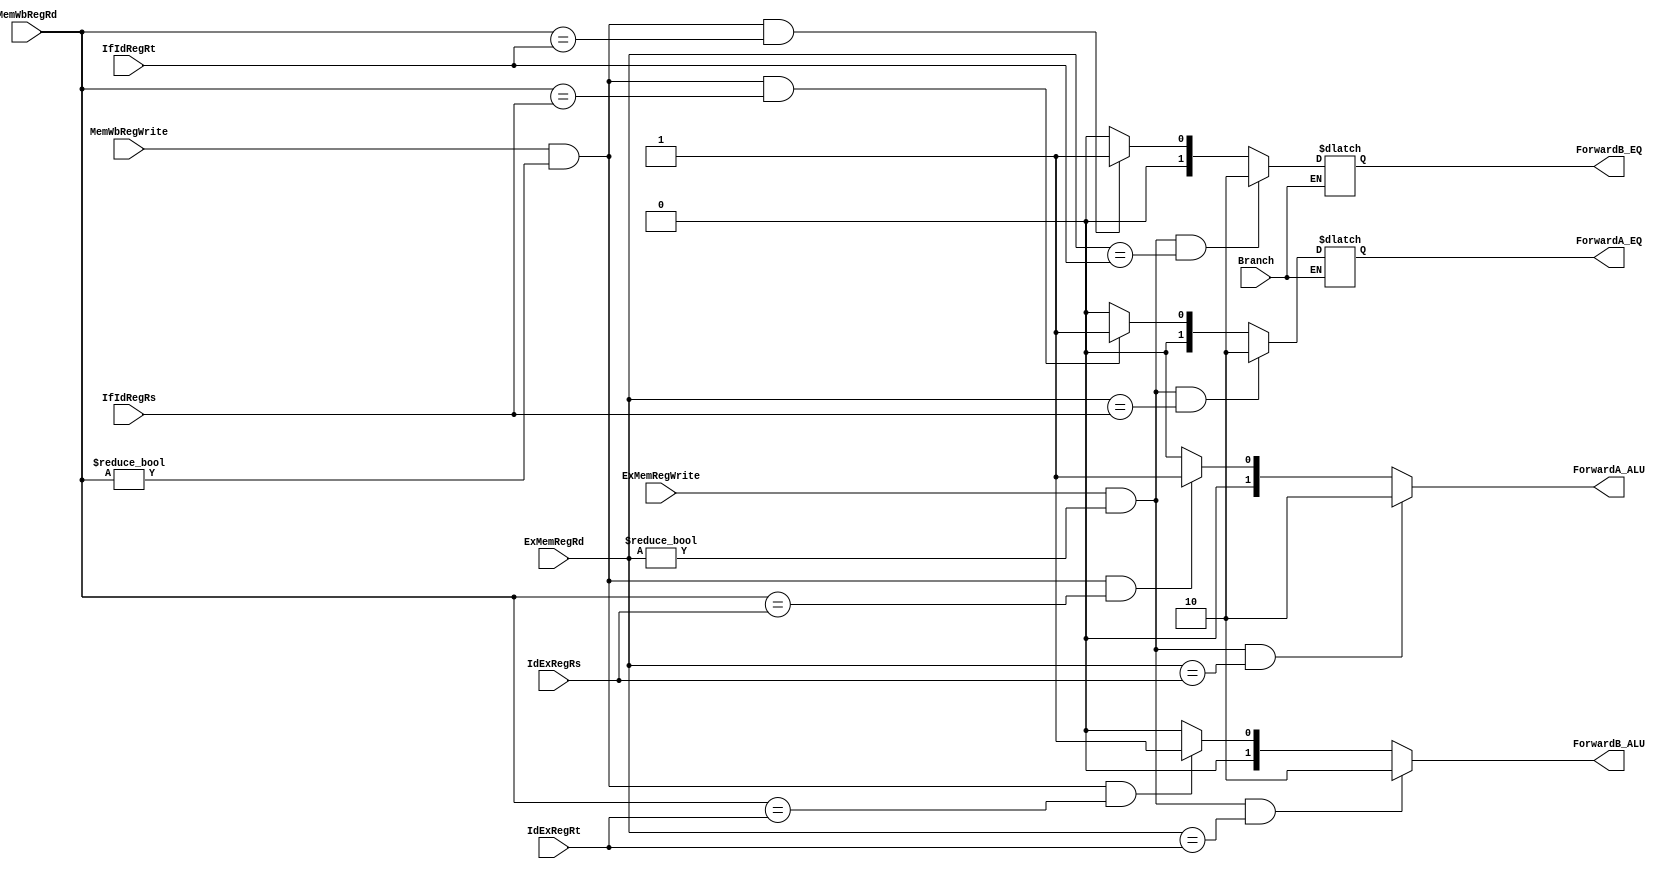
module Forwarding(
    IfIdRegRs,
    IfIdRegRt,
    Branch,
    IdExRegRs,
    IdExRegRt,
    ExMemRegWrite,
    ExMemRegRd,
    MemWbRegWrite,
    MemWbRegRd,
    ForwardA_ALU,	
    ForwardB_ALU, 
    ForwardA_EQ,
    ForwardB_EQ
);

input [4:0] IdExRegRs, IdExRegRt, ExMemRegRd, MemWbRegRd, IfIdRegRs, IfIdRegRt; 
input ExMemRegWrite,  MemWbRegWrite, Branch;
output [1:0] ForwardA_ALU, ForwardB_ALU, ForwardA_EQ, ForwardB_EQ;

reg [1:0] ForwardA_ALU, ForwardB_ALU, ForwardA_EQ, ForwardB_EQ;

initial begin
ForwardA_ALU = 2'b00;
ForwardB_ALU = 2'b00;
ForwardA_EQ = 2'b00;
ForwardB_EQ = 2'b00;
end

always @ (IdExRegRs or IdExRegRt or ExMemRegRd or MemWbRegRd or IfIdRegRs or IfIdRegRt or ExMemRegWrite or MemWbRegWrite) begin

if (ExMemRegWrite && (ExMemRegRd != 5'b0) && (ExMemRegRd == IdExRegRs)) 
    ForwardA_ALU <= 2'b10;
else if (MemWbRegWrite && (MemWbRegRd != 5'b0) && (MemWbRegRd == IdExRegRs))
    ForwardA_ALU <= 2'b01;
  else
    ForwardA_ALU <= 2'b00;
    
if (ExMemRegWrite && (ExMemRegRd != 5'b0) && (ExMemRegRd == IdExRegRt))
    ForwardB_ALU <= 2'b10;
else if (MemWbRegWrite && (MemWbRegRd != 5'b0) && (MemWbRegRd == IdExRegRt))
    ForwardB_ALU <= 2'b01;
  else
    ForwardB_ALU <= 2'b00;


if (Branch) begin
  if (ExMemRegWrite && (ExMemRegRd != 5'b0) && (ExMemRegRd == IfIdRegRs)) 
    ForwardA_EQ <= 2'b10;
  else if (MemWbRegWrite && (MemWbRegRd != 5'b0) && (MemWbRegRd == IfIdRegRs))
    ForwardA_EQ <= 2'b01;
  else
    ForwardA_EQ <= 2'b00;
    
  if (ExMemRegWrite && (ExMemRegRd != 5'b0) && (ExMemRegRd == IfIdRegRt))
    ForwardB_EQ <= 2'b10;
  else if (MemWbRegWrite && (MemWbRegRd != 5'b0) && (MemWbRegRd == IfIdRegRt))
    ForwardB_EQ <= 2'b01;
  else
    ForwardB_EQ <= 2'b00;
    
  end
end


endmodule